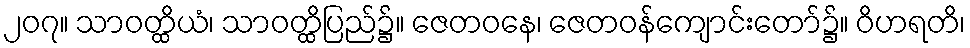
၂၀၇။ သာဝတ္ထိယံ၊ သာဝတ္ထိပြည်၌။ ဇေတဝနေ၊ ဇေတဝန်ကျောင်းတော်၌။ ဝိဟရတိ၊